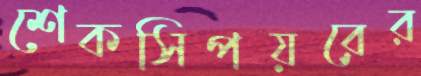
শেকসিপয়রের